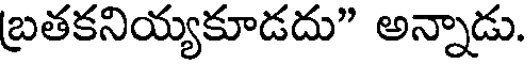
బ్రతకనియ్యకూడదు" అన్నాడు.